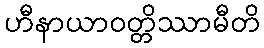
ဟီနာယာဝတ္တိဿာမီတိ